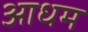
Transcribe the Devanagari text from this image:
आधम